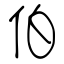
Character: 伯